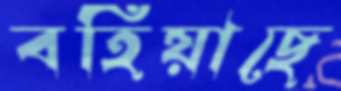
বহিয়াছে